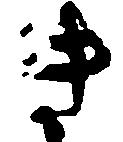
き